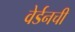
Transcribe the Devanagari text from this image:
वेर्डनची